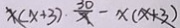
x ( x + 3 ) \cdot \frac { 3 0 } { x } - x ( x + 3 )